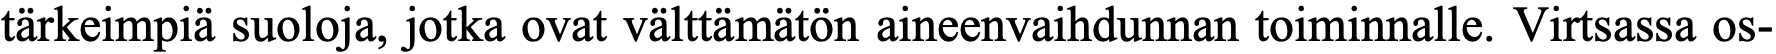
tärkeimpiä suoloja, jotka ovat välttämätön aineenvaihdunnan toiminnalle. Virtsassa os-